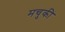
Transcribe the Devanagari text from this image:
मचुकी